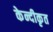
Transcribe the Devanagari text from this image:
केन्दीकृत